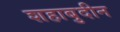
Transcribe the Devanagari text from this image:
शहाबुदीन